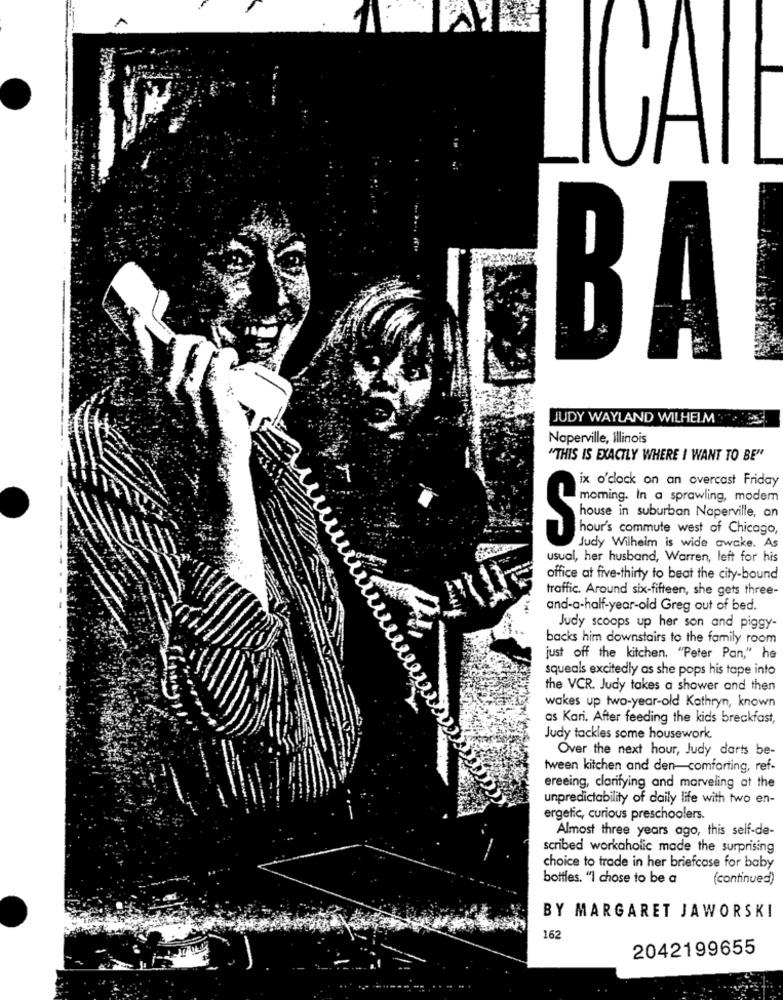
BA
JUDY WAYLAND WILHELM
Naperville, Illinois
"THIS IS EXACTLY WHERE I WANT TO BE"
ix o'clock on an overcast Friday
moming. In a sprawling, modem
house in suburban Naperville, an
hour's commute west of Chicago,
Judy Wilhelm is wide awake. As
usual, her husband, Warren, left for his
office at five-thirty to beat the city-bound
traffic. Around six-fifteen, she gets three-
and-a-half-year-old Greg out of bed.
Judy scoops up her son and piggy-
backs him downstairs to the family room
just off the kitchen. "Peter Pan," he
squeals excitedly as she pops his tape into
the VCR. Judy takes a shower and then
wakes up two-year-old Kathryn, known
as Kari. After feeding the kids breakfast,
Judy tackles some housework.
Over the next hour, Judy darts be-
tween kitchen and den-comforting, ref-
ereeing, clarifying and marveling at the
unpredictability of daily life with two en-
ergetic, curious preschoolers.
Almost three years ago, this self-de-
scribed workaholic made the surprising
choice to trade in her briefcase for baby
bottles. "I chose to be a
(continued)
BY MARGARET JAWORSKI
162
2042199655